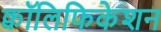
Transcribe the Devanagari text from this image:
क्वॉलिफिकेशन